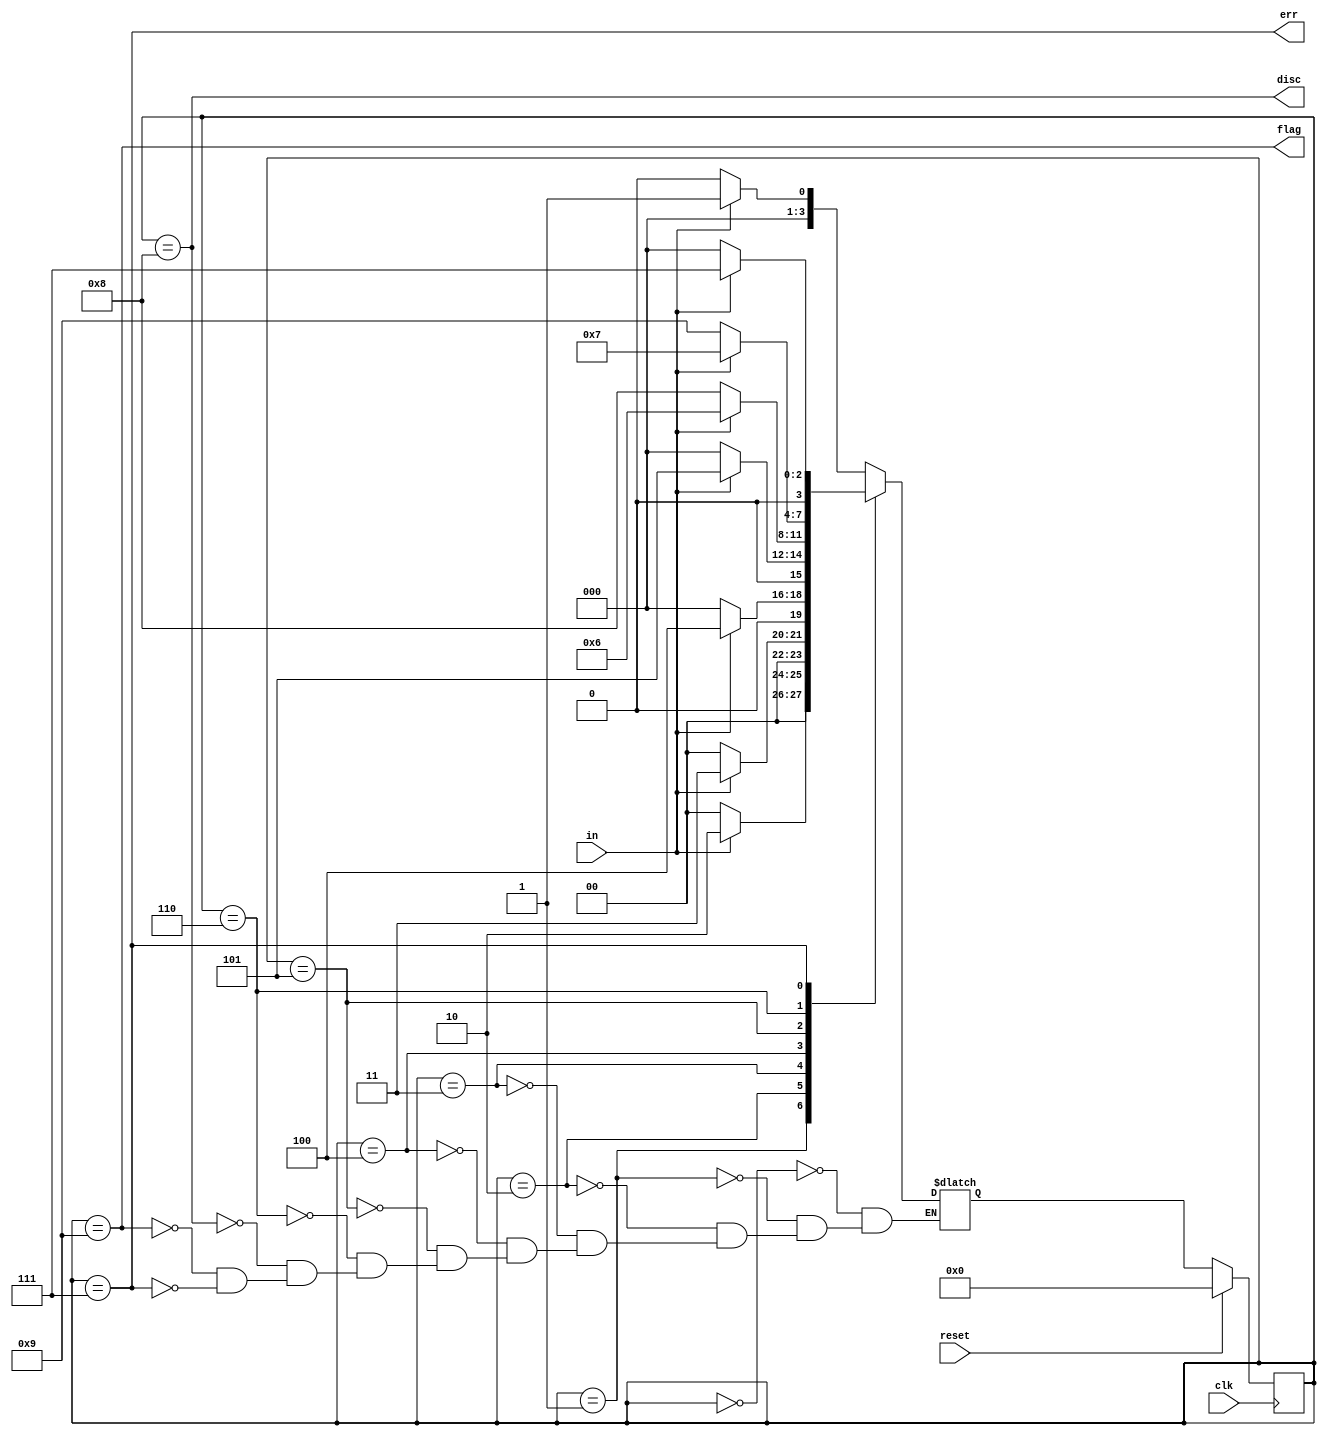
/*
Synchronous HDLC framing involves decoding a continuous bit
stream of data to look for bit patterns that indicate the
beginning and end of frames (packets). Seeing exactly 6
consecutive 1s (i.e., 01111110) is a "flag" that indicate frame
boundaries. To avoid the data stream from accidentally containing
"flags", the sender inserts a zero after every 5 consecutive 1s
which the receiver must detect and discard. We also need to
signal an error if there are 7 or more consecutive 1s.

Create a finite state machine to recognize these three sequences:

0111110: Signal a bit needs to be discarded (disc).
01111110: Flag the beginning/end of a frame (flag).
01111111...: Error (7 or more 1s) (err).

When the FSM is reset, it should be in a state that behaves as
though the previous input were 0.
*/

module top_module(
    input clk,
    input reset,    // Synchronous reset
    input in,
    output disc,
    output flag,
    output err);
    
    parameter RDY=0, D1=1, D2=2, D3=3, D4=4, D5=5, D6=6, ERR=7, DISC=8, FLAG=9;
    reg [3:0] state, next;
    
    always @ (*) begin
        case (state)
            RDY	: next = in ? D1 : RDY;
            D1	: next = in ? D2 : RDY;
            D2	: next = in ? D3 : RDY;
            D3	: next = in ? D4 : RDY;
            D4	: next = in ? D5 : RDY;
            D5	: next = in ? D6 : DISC;
            D6	: next = in ? ERR : FLAG;
            DISC: next = in ? D1 : RDY;
            FLAG: next = in ? D1 : RDY;
            ERR	: next = in ? ERR : RDY;
        endcase
    end
    
    always @ (posedge clk) begin
        if (reset) state <= RDY;
        else state <= next;
    end
    
    assign disc = state == DISC;
    assign flag = state == FLAG;
    assign err = state == ERR;

endmodule